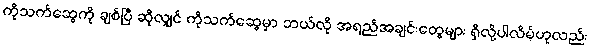
ကိုသက်ဆွေကို ချစ်ပြီ ဆိုလျှင် ကိုသက်ဆွေမှာ ဘယ်လို အရည်အချင်းတွေများ ရှိလို့ပါလိမ့်ဟုလည်း